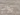
موالي